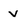
Character: v